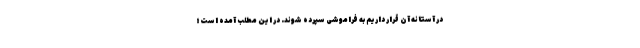
در آستانه آن قرار داریم به فراموشی سپرده شوند. در این مطلب آمده است؛